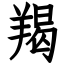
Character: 羯